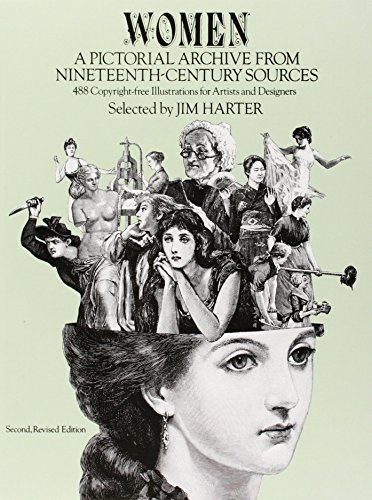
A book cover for Women: A Pictorial Archive from Nineteenth-Century Sources (Dover Pictorial Archive); Arts & Photography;